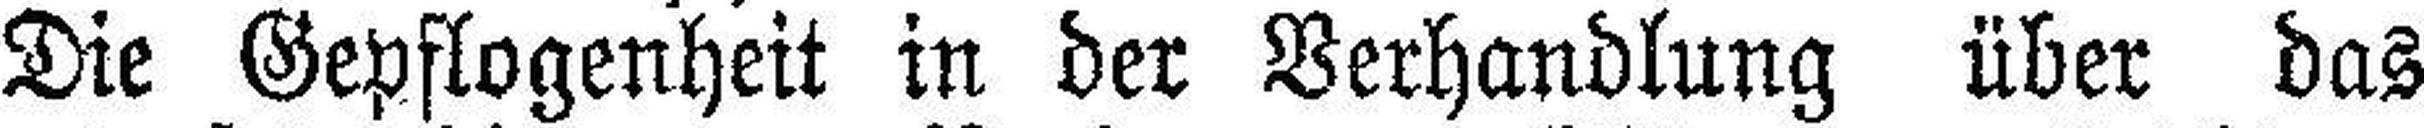
Die Gepflogenheit in der Verhandlung über das